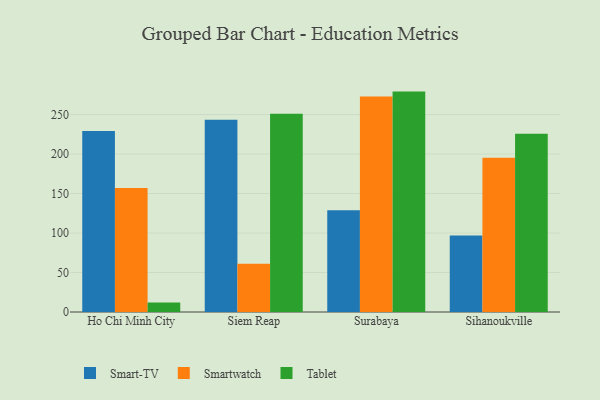
{"axis": {"x": "City", "y": "Net Income (USD K)"}, "legend": ["Smart-TV", "Smartwatch", "Tablet"], "data": [{"x": "Ho Chi Minh City", "y": 229.2, "type": "Smart-TV"}, {"x": "Ho Chi Minh City", "y": 157.1, "type": "Smartwatch"}, {"x": "Ho Chi Minh City", "y": 12.1, "type": "Tablet"}, {"x": "Siem Reap", "y": 243.4, "type": "Smart-TV"}, {"x": "Siem Reap", "y": 61.1, "type": "Smartwatch"}, {"x": "Siem Reap", "y": 251.1, "type": "Tablet"}, {"x": "Surabaya", "y": 129.0, "type": "Smart-TV"}, {"x": "Surabaya", "y": 272.9, "type": "Smartwatch"}, {"x": "Surabaya", "y": 279.1, "type": "Tablet"}, {"x": "Sihanoukville", "y": 97.0, "type": "Smart-TV"}, {"x": "Sihanoukville", "y": 195.3, "type": "Smartwatch"}, {"x": "Sihanoukville", "y": 225.6, "type": "Tablet"}]}